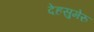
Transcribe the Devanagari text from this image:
देहसुमेरु